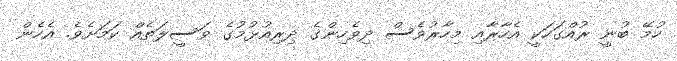
ހުމޭ ބުނީ ރުއްގަހަކީ އެހާރާއި މިހާރުވެސް ދިވެހިންގެ ދިރިއުޅުމުގެ ވަސީލަތެއް ކަމަށެވެ. އެހެން